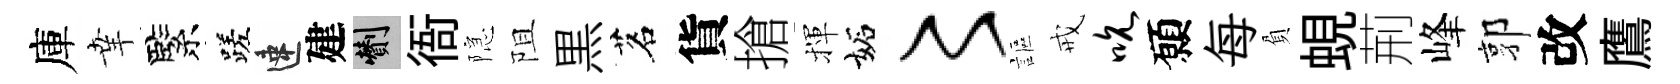
庫𦍒緊蹉速建剪衙隠阻黒茗貨搶揮妬〻謳戒吮願每負蜆荊峰郭改鷹